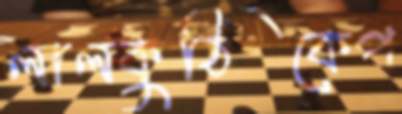
লালকুঠিকেপ